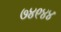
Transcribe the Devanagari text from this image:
७४९४४